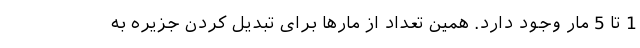
1 تا 5 مار وجود دارد. همین تعداد از مارها برای تبدیل کردن جزیره به